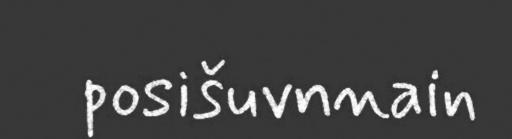
posišuvnnain